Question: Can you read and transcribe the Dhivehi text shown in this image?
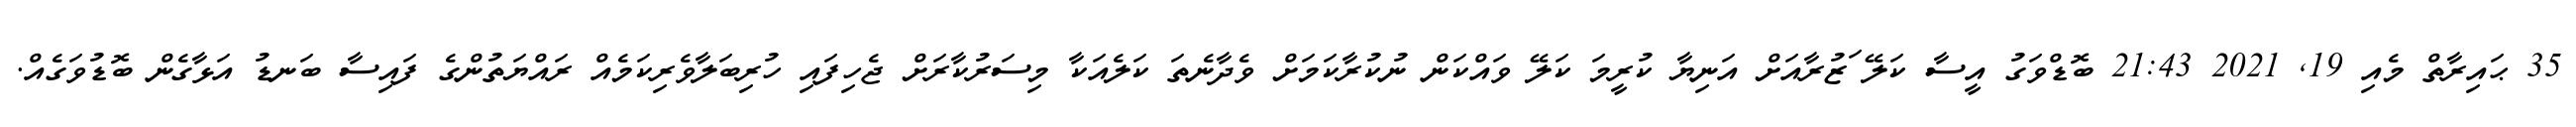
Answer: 35 ޙައިރާތް މެއި 19, 2021 21:43 ބޮޑްވަގު އީސާ ކަލޭ ަޒުރާއަށް އަނިޔާ ކުރީމަ ކަލޭ ވައްކަން ނުކުރާކަމަށް ވެދާނެތަ ކަލެއަކާ މިސަރުކާރަށް ޖެހިފައި ހުރިބަލާވެރިކަމެއް ރައްޔަތުންގެ ފައިސާ ބަނޑު އަޅާގެން ބޮޑުވަގެއް.